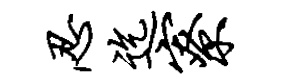
忍迄寮